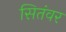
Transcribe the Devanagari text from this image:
सितंवर